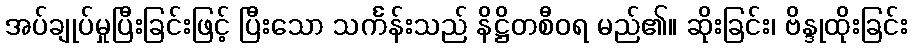
အပ်ချုပ်မှုပြီးခြင်းဖြင့် ပြီးသော သင်္ကန်းသည် နိဋ္ဌိတစီဝရ မည်၏။ ဆိုးခြင်း၊ ဗိန္ဒုထိုးခြင်း